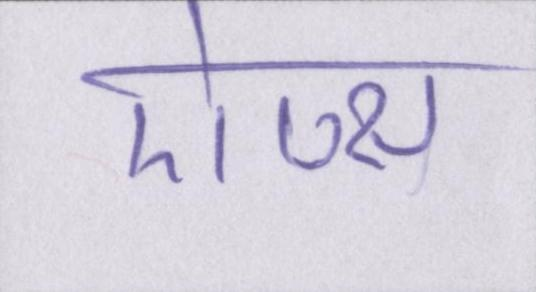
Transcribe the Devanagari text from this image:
ऐप्स